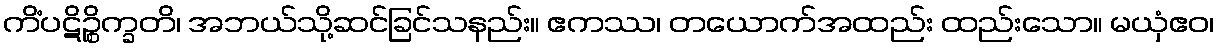
ကိံပဋိဉ္စိက္ခတိ၊ အဘယ်သို့ဆင်ခြင်သနည်း။ ဧကဿ၊ တယောက်အထည်း ထည်းသော။ မယှံဧဝ၊